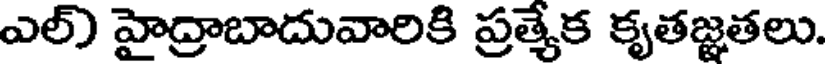
ఎల్) హైద్రాబాదువారికి ప్రత్యేక కృతజ్ఞతలు.